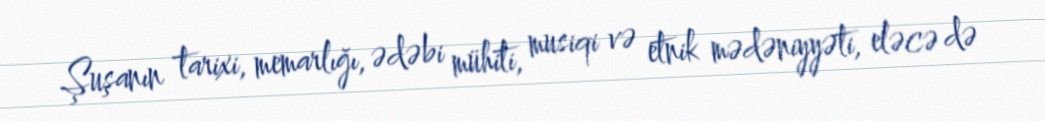
Şuşanın tarixi, memarlığı, ədəbi mühiti, musiqi və etnik mədəniyyəti, eləcə də